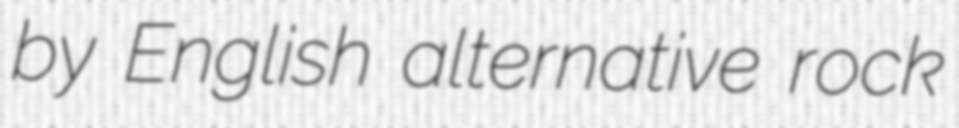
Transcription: by English alternative rock